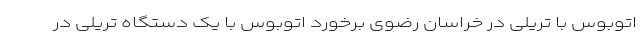
اتوبوس با تریلی در خراسان رضوی برخورد اتوبوس با یک دستگاه تریلی در